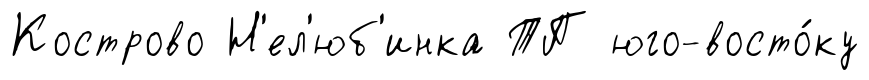
Кострово Н'ел'юб'инка ТП юго-восто́ку